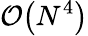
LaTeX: \mathcal O\big(N^{4}\big)